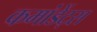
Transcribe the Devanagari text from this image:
कमांडेंट्स